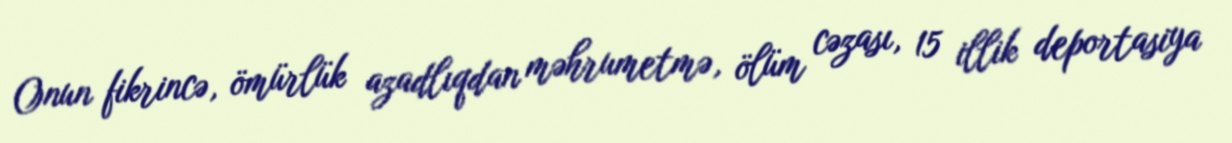
Onun fikrincə, ömürlük azadlıqdan məhrumetmə, ölüm cəzası, 15 illik deportasiya